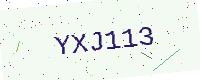
Text: YXJ113